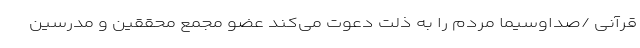
قرآنی /صداوسیما مردم را به ذلت دعوت می‌کند عضو مجمع محققین و مدرسین